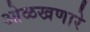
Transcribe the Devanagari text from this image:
ओळखणारे